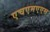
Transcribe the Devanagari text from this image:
एचएमएएस